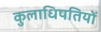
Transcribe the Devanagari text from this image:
कुलाधिपतियों